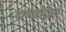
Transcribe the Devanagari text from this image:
पाण्‍यासोबत